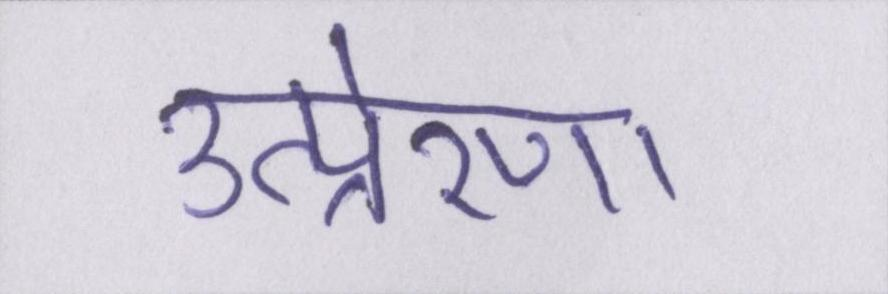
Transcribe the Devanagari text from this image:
उत्प्रेरणा